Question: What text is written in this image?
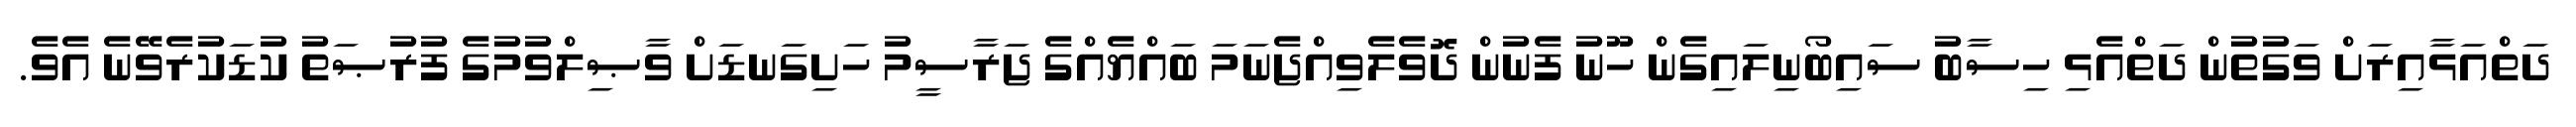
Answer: ދަތްއަޅާއިރަށް ވަގުތުން ދަތްއެޅި ހިސާބު ސައިބޯނިލައިގެން ހޫނު ފެނުން ދޮވެލެވިއްޖެނަމަ ބައްޔެއްގެ ޖަރާސީމު ހަށިގަނޑަށް ވާޞިލްވުމުގެ ފުރުޞަތު ކުޑަކުރެވޭނެ އެވެ.